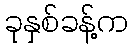
ခုနှစ်ခန့်က